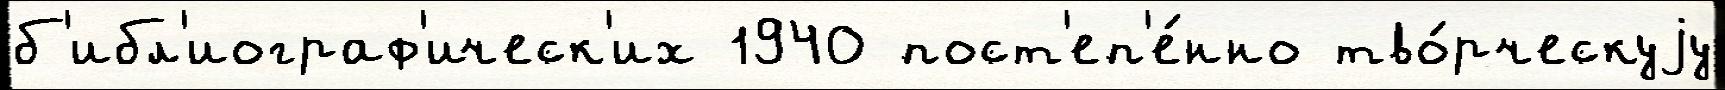
б'ибл'иограф'ическ'их 1940 пост'еп'е́нно тво́рческуjу